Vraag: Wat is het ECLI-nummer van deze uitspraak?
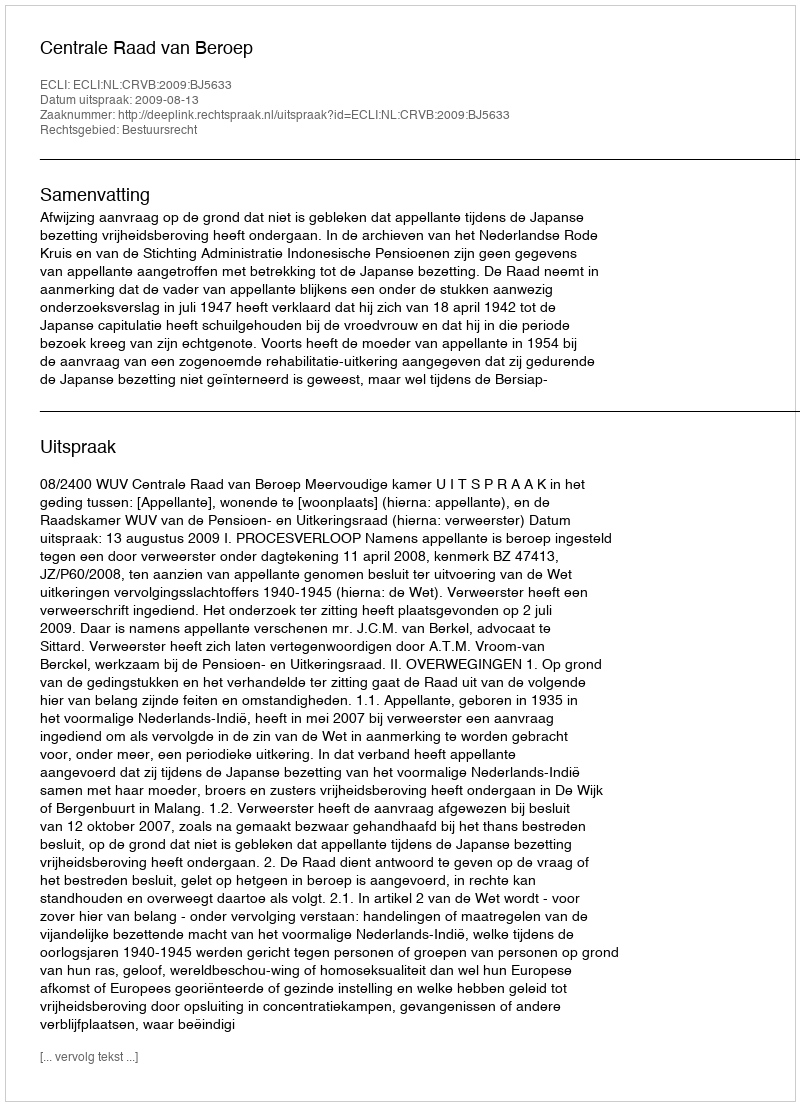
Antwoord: ECLI:NL:CRVB:2009:BJ5633